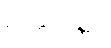
ဥတ္တိဏ္ဏော